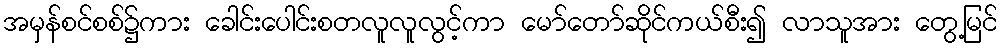
အမှန်စင်စစ်၌ကား ခေါင်းပေါင်းစတလူလူလွင့်ကာ မော်တော်ဆိုင်ကယ်စီး၍ လာသူအား တွေ့မြင်